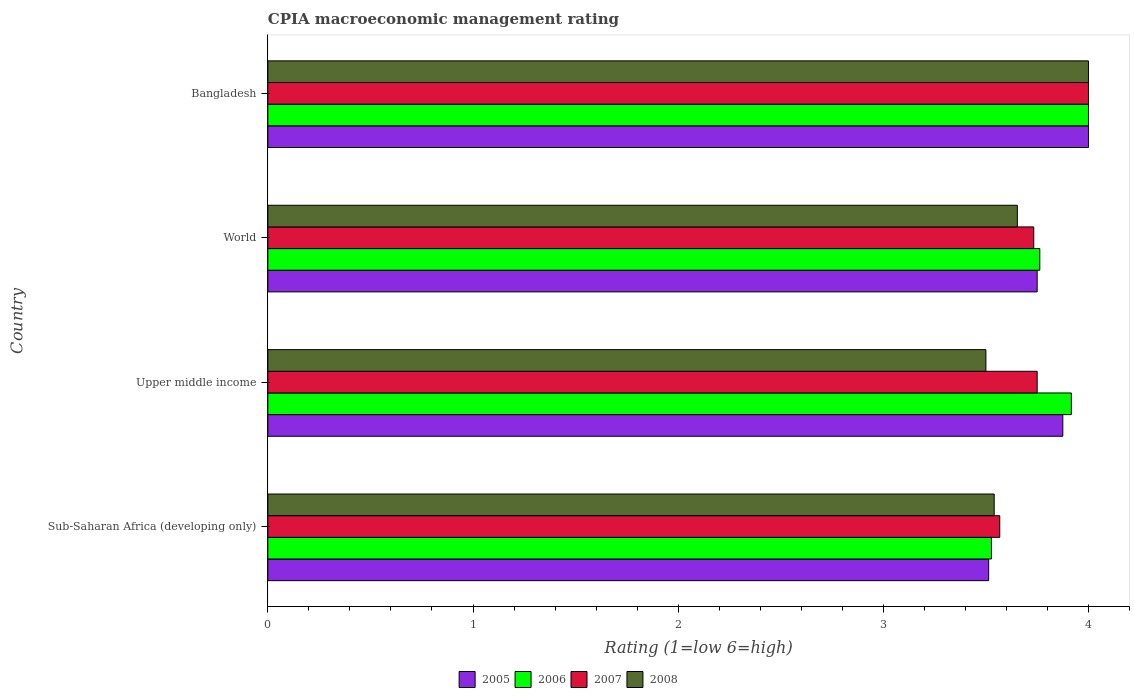
| Country | 2005 | 2006 | 2007 | 2008 |
 | --- | --- | --- | --- | --- |
 | Sub-Saharan Africa (developing only) | 3.51 | 3.53 | 3.57 | 3.54 |
 | Upper middle income | 3.88 | 3.92 | 3.75 | 3.5 |
 | World | 3.75 | 3.76 | 3.73 | 3.65 |
 | Bangladesh | 4 | 4 | 4 | 4 |